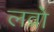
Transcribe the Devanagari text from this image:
लव्रो